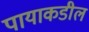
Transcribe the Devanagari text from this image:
पायाकडील